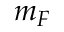
m _ { F }